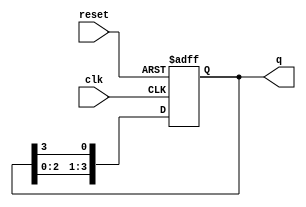
module ring_counter (
    input wire clk,        // Clock signal
    input wire reset,      // Asynchronous reset signal
    output reg [3:0] q     // 4-bit output
);

// Initial state
initial begin
    q = 4'b0001; // Start with the first flip-flop set to '1'
end

// Always block triggered on the rising edge of the clock or when reset is active
always @(posedge clk or posedge reset) begin
    if (reset) begin
        q <= 4'b0001; // Reset to initial state
    end else begin
        // Shift the '1' to the next flip-flop in the ring
        q <= {q[2:0], q[3]}; // Rotate the bits
    end
end

endmodule